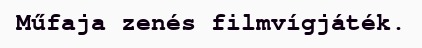
Műfaja zenés filmvígjáték.